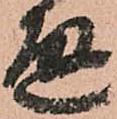
通